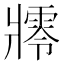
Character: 𤖜